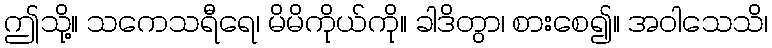
ဤသို့။ သကေသရီရေ၊ မိမိကိုယ်ကို။ ခါဒိတွာ၊ စားစေ၍။ အဝါသေသိ၊